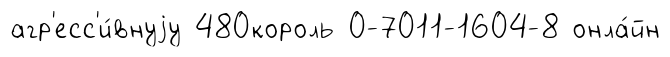
агр'есс'и́внуjу 480король 0-7011-1604-8 онла́йн